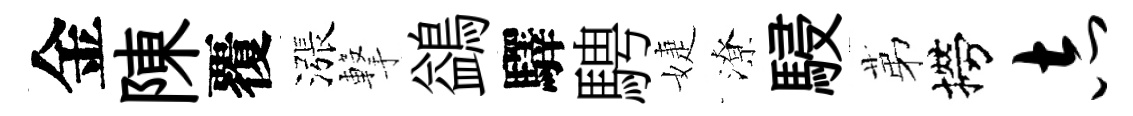
金陳覆漲撃鷁驛騁婕潦駸苐撈志